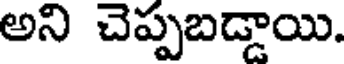
అని చెప్పబడ్డాయి.